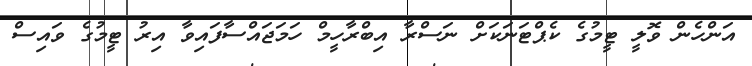
އަންހެން ވޮލީ ޓީމުގެ ކެޕްޓަނަކަށް ނަސްރާ އިބްރާހީމް ހަމަޖައްސާފައިވާ އިރު ޓީމުގެ ވައިސް